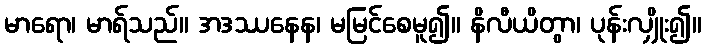
မာရော၊ မာရ်သည်။ အဒဿနေန၊ မမြင်စေမူ၍။ နိလီယိတွာ၊ ပုန်းလျှိုး၍။